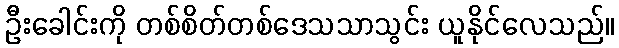
ဦးခေါင်းကို တစ်စိတ်တစ်ဒေသသာသွင်း ယူနိုင်လေသည်။